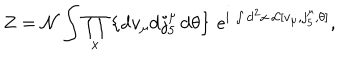
LaTeX: Z = { \cal N } \int \prod _ { x } \left\{ \mathrm { d } v _ { \mu } \mathrm { d } j _ { 5 } ^ { \mu } \, \mathrm { d } \theta \right\} \, e ^ { \mathrm { i } \, \int \mathrm { d } ^ { 2 } x \, { \cal L } [ v _ { \mu } , j _ { 5 } ^ { \mu } , \theta ] } ,